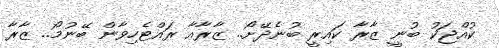
ކުއްޖަކު ބުނީ ޒާރާ ކައިރީ ބުނެދޭށޯ.. ޒާރާއާ ރައްޓެހިވާން ބޭނުމޯ.. ޒާރާ